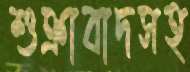
শুক্রাবাদসহ